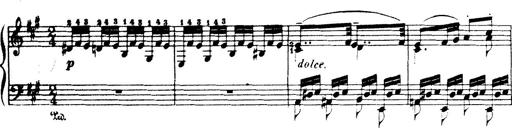
Title: Wagner-Liszt Album
Composer: Franz Liszt